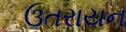
ઉતરાયન